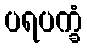
ပရပက္ခံ